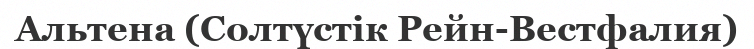
Альтена (Солтүстік Рейн-Вестфалия)